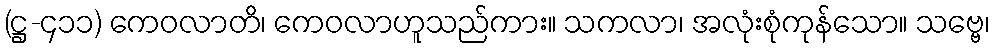
(ဋ္ဌ-၄၁၁) ကေဝလာတိ၊ ကေဝလာဟူသည်ကား။ သကလာ၊ အလုံးစုံကုန်သော။ သဗ္ဗေ၊